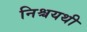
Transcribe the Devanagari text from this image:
निश्चयथी